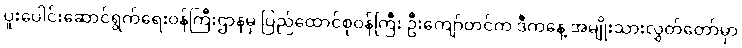
ပူးပေါင်းဆောင်ရွက်ရေးဝန်ကြီးဌာနမှ ပြည်ထောင်စုဝန်ကြီး ဦးကျော်တင်က ဒီကနေ့ အမျိုးသားလွှတ်တော်မှာ